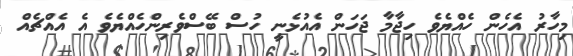
މިހާރު އެހެން ހެއްޔެވެ ހިޖާމާ ޖަހަން އެއުޅެނީ ހުސް ބޭސްވެރިންހެއްޔެވެ އެ އެއްޗެއް